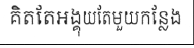
គិតតែអង្គុយតែមួយកន្លែង